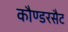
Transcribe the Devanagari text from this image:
कौण्डरसैट